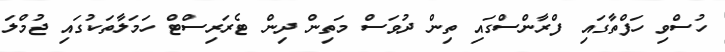
ހުސްވި ހަފްތާގައި ފްރާންސްގައި ތިން ދުވަސް މަތިން ދިން ޓެރަރިސްޓް ހަމަލާތަކުގައި ޖުމްލަ